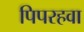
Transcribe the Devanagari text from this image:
पिपरहवा